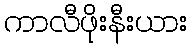
ကာလီဖိုးနီးယား